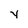
Character: y